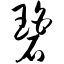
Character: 碧